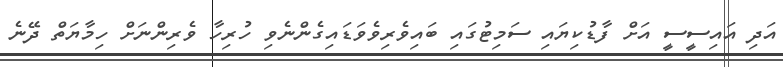
އަދި އައިސީސީ އަށް ފާޑުކިޔައި ސަމިޓުގައި ބައިވެރިވެވަޑައިގެންނެވި ހުރިހާ ވެރިންނަށް ހިމާޔަތް ދޭނެ